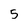
Character: 5